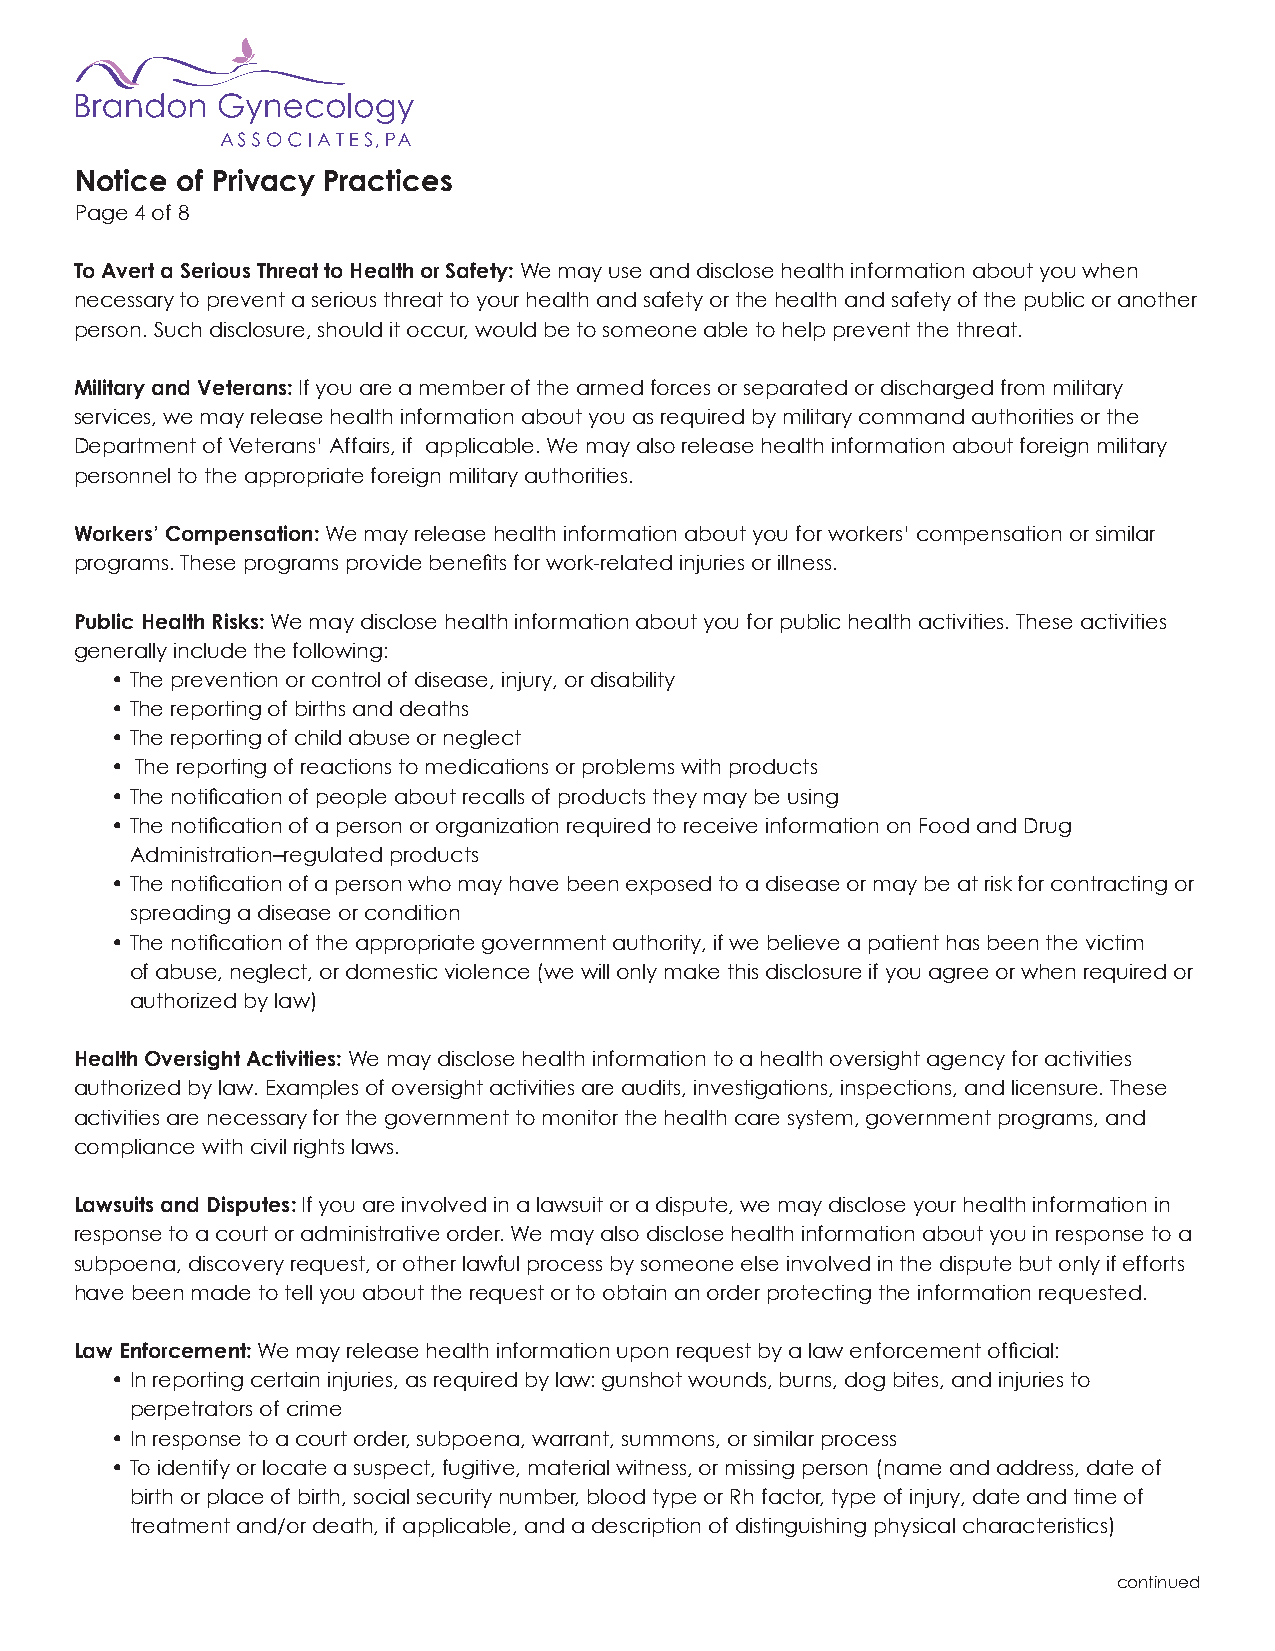
Notice of Privacy Practices
 Page 4 of 8
 To Avert a Serious Threat to Health or Safety: We may use and disclose health information about you when
 necessary to prevent a serious threat to your health and safety or the health and safety of the public or another
 person. Such disclosure, should it occur, would be to someone able to help prevent the threat.
 Military and Veterans: If you are a member of the armed forces or separated or discharged from military
 services, we may release health information about you as required by military command authorities or the
 Department of Veterans’ Affairs, if applicable. We may also release health information about foreign military
 personnel to the appropriate foreign military authorities.
 Workers’ Compensation: We may release health information about you for workers’ compensation or similar
 programs. These programs provide benefits for work-related injuries or illness.
 Public Health Risks: We may disclose health information about you for public health activities. These activities
 generally include the following:
 • The prevention or control of disease, injury, or disability
 • The reporting of births and deaths
 • The reporting of child abuse or neglect
 • The reporting of reactions to medications or problems with products
 • The notification of people about recalls of products they may be using
 • The notification of a person or organization required to receive information on Food and Drug
 Administration–regulated products
 • The notification of a person who may have been exposed to a disease or may be at risk for contracting or
 spreading a disease or condition
 • The notification of the appropriate government authority, if we believe a patient has been the victim
 of abuse, neglect, or domestic violence (we will only make this disclosure if you agree or when required or
 authorized by law)
 Health Oversight Activities: We may disclose health information to a health oversight agency for activities
 authorized by law. Examples of oversight activities are audits, investigations, inspections, and licensure. These
 activities are necessary for the government to monitor the health care system, government programs, and
 compliance with civil rights laws.
 Lawsuits and Disputes: If you are involved in a lawsuit or a dispute, we may disclose your health information in
 response to a court or administrative order. We may also disclose health information about you in response to a
 subpoena, discovery request, or other lawful process by someone else involved in the dispute but only if efforts
 have been made to tell you about the request or to obtain an order protecting the information requested.
 Law Enforcement: We may release health information upon request by a law enforcement official:
 • In reporting certain injuries, as required by law: gunshot wounds, burns, dog bites, and injuries to
 perpetrators of crime
 • In response to a court order, subpoena, warrant, summons, or similar process
 • To identify or locate a suspect, fugitive, material witness, or missing person (name and address, date of
 birth or place of birth, social security number, blood type or Rh factor, type of injury, date and time of
 treatment and/or death, if applicable, and a description of distinguishing physical characteristics)
 continued